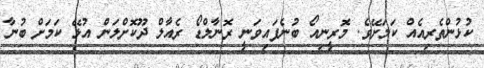
ކުޅުންތެރިއެއް ކަމަށޭވެ. މޮރީނިއޯ ބުނެފައިވަނީ ރޮނާލްޑޯ ރެއާލް ދޫކޮށްލަން އުޅޭ ކަމަށް ބުނާ